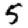
Digit: 5